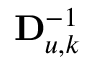
\mathbf { D } _ { u , k } ^ { - 1 }